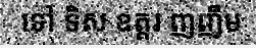
ទៅ ទិស ឧត្តរ ញញឹម